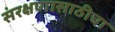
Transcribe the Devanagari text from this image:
संरक्षणासाठीचा